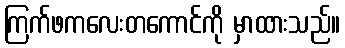
ကြက်ဖကလေးတကောင်ကို မှာထားသည်။